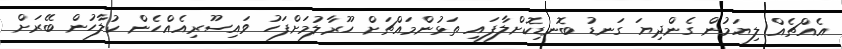
އެއްޗެއް ލިޔަމުން ގެންދިޔަ ގަނޑު ބޮނޑިކޮށްލާފައި ތަޅުންމައްޗަށް ހޫރާލުމަށްފަހު ވައިސޫރިއެއްހެން ކުލާހުން ބޭރަށް